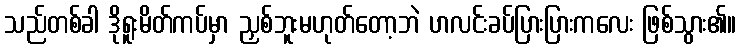
သည်တစ်ခါ ဒိုရူးမိတ်ကပ်မှာ ညှစ်ဘူးမဟုတ်တော့ဘဲ ပာလင်းခပ်ပြားပြားကလေး ဖြစ်သွား၏။